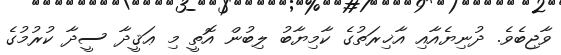
ވާޖިބެވެ. ދުނިޔެއާއި އާޚިރަތުގެ ކާމިޔާބު ލިބުން އޮތީ މި ޢަޤީދާ ސީދާ ކުރުމުގެ